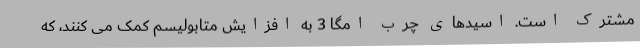
مشترک است. اسیدهای چرب امگا 3 به افزایش متابولیسم کمک می کنند، که